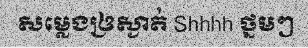
សម្លេងឲ្រស្ងាត់ Shhhh ថ្នមៗ